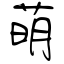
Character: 萌